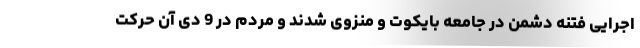
اجرایی فتنه دشمن در جامعه بایکوت و منزوی شدند و مردم در 9 دی آن حرکت